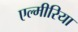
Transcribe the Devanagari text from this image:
एल्मीरिया